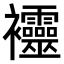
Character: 𧟙